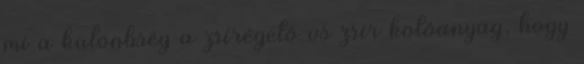
mi a különbség a zsírégető vs zsír kötőanyag, hogy